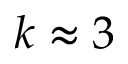
k \approx 3